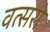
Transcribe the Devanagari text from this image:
वत्सरो